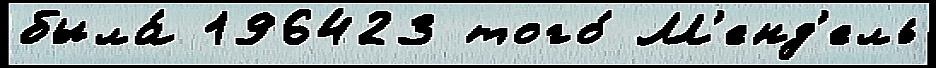
была́ 196423 того́ М'енд'ель